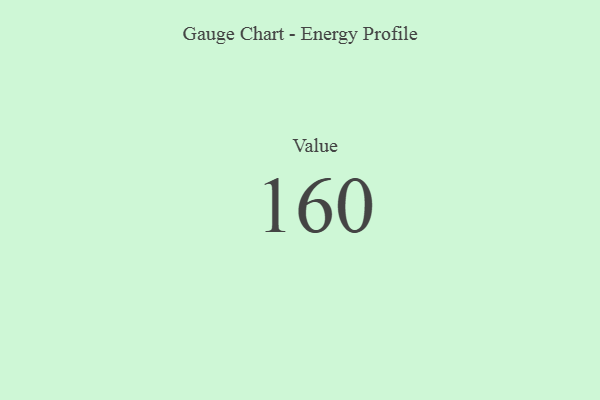
{"axis": {"x": "Metric", "y": "Value"}, "legend": [""], "data": [{"x": "Value", "y": 160, "type": ""}]}